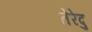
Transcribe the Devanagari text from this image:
तेरेदु